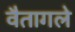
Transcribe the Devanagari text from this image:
वैतागले